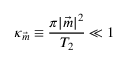
\kappa _ { \vec { m } } \equiv \frac { \pi | { \vec { m } } | ^ { 2 } } { T _ { 2 } } \ll 1